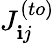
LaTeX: J_{\mathbf{i}j}^{(to)}